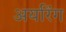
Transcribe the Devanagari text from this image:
अयरिंग